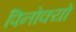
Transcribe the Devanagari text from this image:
पिनोक्यो